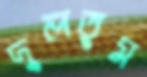
দুলতুম